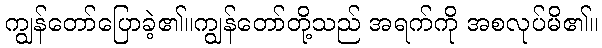
ကျွန်တော်ပြောခဲ့၏။ကျွန်တော်တို့သည် အရက်ကို အစလုပ်မိ၏။